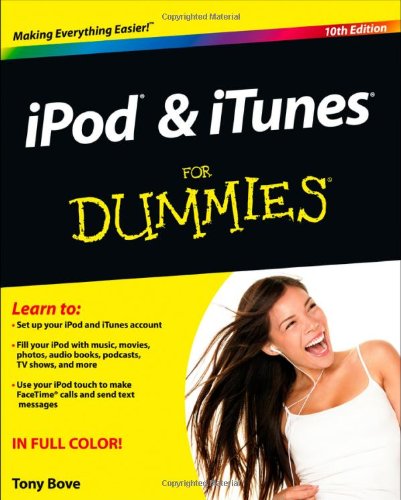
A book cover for iPod and iTunes For Dummies; Tony Bove; Computers & Technology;